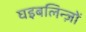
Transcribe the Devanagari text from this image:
घइबलिन्ज़ों